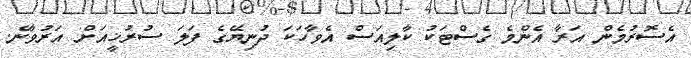
އެސޮރުމެން އަރާ އެންމެ ގެސްޓަކު ކާލިއަސް އެވާހަކަ ދުނިޔޭގެ ފަލަ ސުރުޚީއަށް އަރުވާނެ.